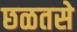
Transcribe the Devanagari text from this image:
छळतसे